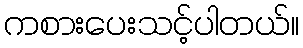
ကစားပေးသင့်ပါတယ်။